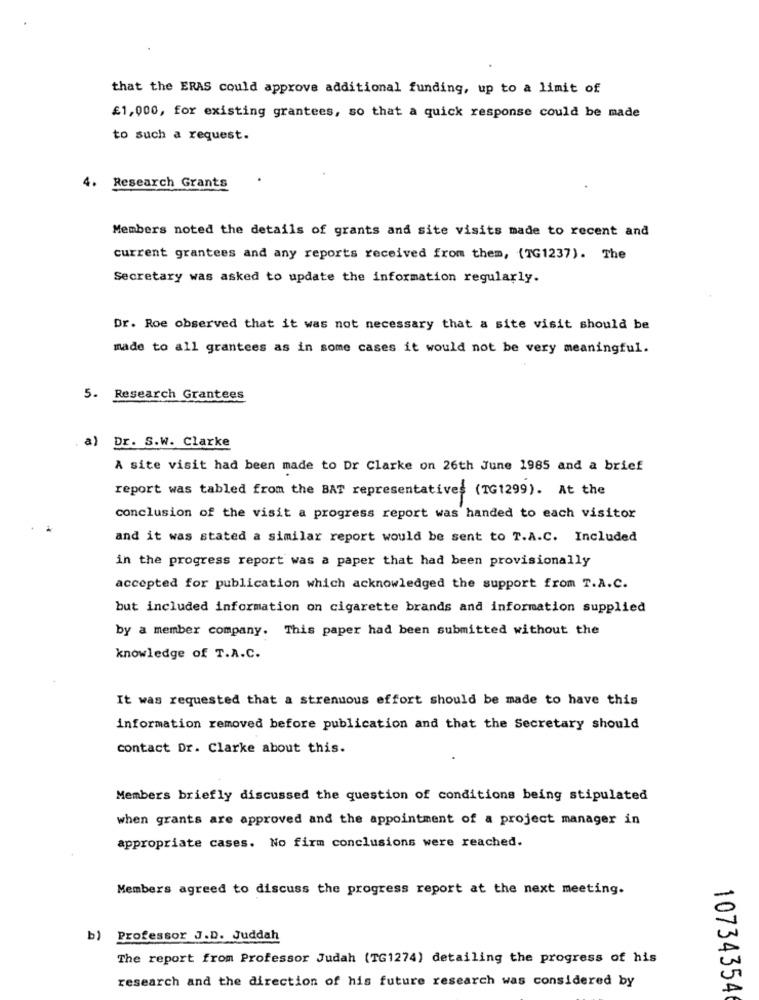
that the ERAS could approve additional funding, up to a limit of
£1,000, for existing grantees, so that a quick response could be made
to such a request.
4. Research Grants
Members noted the details of grants and site visits made to recent and
current grantees and any reports received from them, (TG1237). The
Secretary was asked to update the information regularly.
Dr. Roe observed that it was not necessary that a site visit should be
made to all grantees as in some cases it would not be very meaningful.
5. Research Grantees
, a) Dr. S.W. Clarke
A site visit had been made to Dr Clarke on 26th June 1985 and a brief
report was tabled from the BAT representatives (TG1299). At the
conclusion of the visit a progress report was handed to each visitor
and it was stated a similar report would be sent to T.A.C. Included
in the progress report was a paper that had been provisionally
accepted for publication which acknowledged the support from T.A.C.
but included information on cigarette brands and information supplied
by a member company. This paper had been submitted without the
knowledge of T.A.C.
It was requested that a strenuous effort should be made to have this
information removed before publication and that the Secretary should
contact Dr. Clarke about this.
Members briefly discussed the question of conditions being stipulated
when grants are approved and the appointment of a project manager in
appropriate cases. No firm conclusions were reached.
Members agreed to discuss the progress report at the next meeting.
b) Professor J.D. Juddah
The report from Professor Judah (TG1274) detailing the progress of his
research and the direction of his future research was considered by
10734354